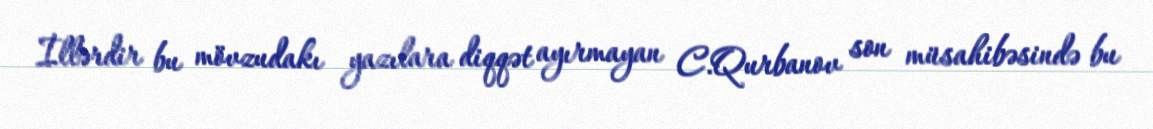
İllərdir bu mövzudakı yazılara diqqət ayırmayan C.Qurbanov son müsahibəsində bu